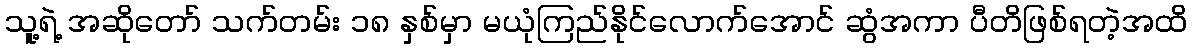
သူ့ရဲ့ အဆိုတော် သက်တမ်း ၁၈ နှစ်မှာ မယုံကြည်နိုင်လောက်အောင် ဆွံအကာ ပီတိဖြစ်ရတဲ့အထိ